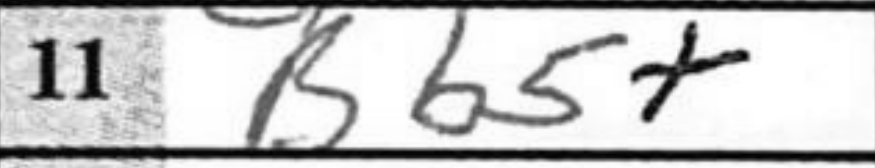
Transcription: Bb5+